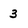
Character: 3